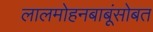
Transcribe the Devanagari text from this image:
लालमोहनबाबूंसोबत